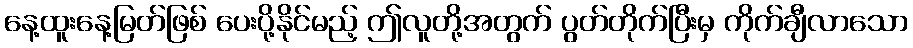
နေ့ထူးနေ့မြတ်ဖြစ် ပေးပို့နိုင်မည့် ဤလူတို့အတွက် ပွတ်တိုက်ပြီးမှ ကိုက်ချီလာသော